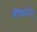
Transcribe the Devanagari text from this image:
बीकानेर्